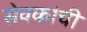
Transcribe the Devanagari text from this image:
सेवकांची